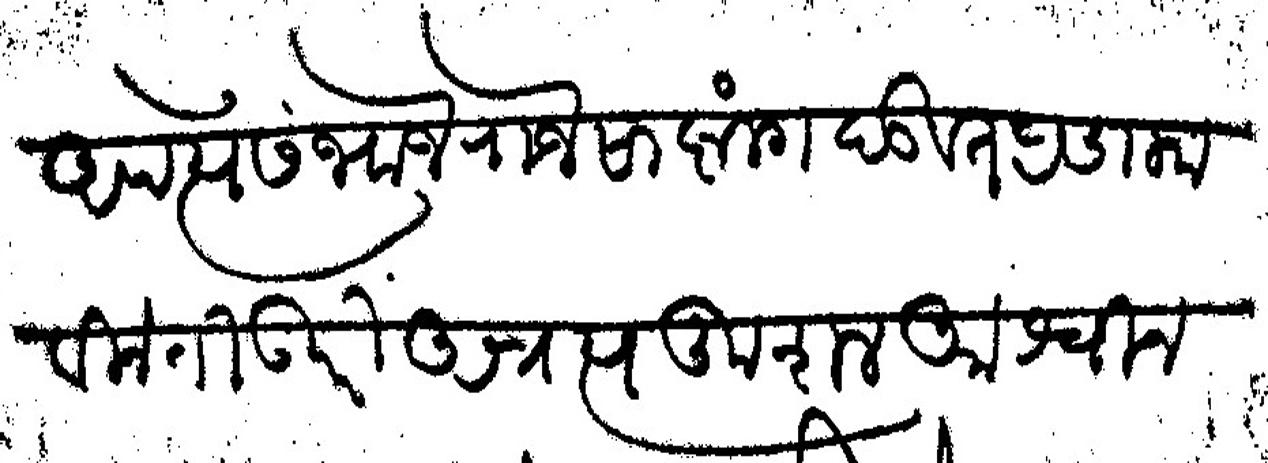
Transliteration (Devanagari): अपत्ये संभाजे राजे साष्टांग दंडवत प्रणाम विनंती उपरी अत्रत्य कुशल आश्विन